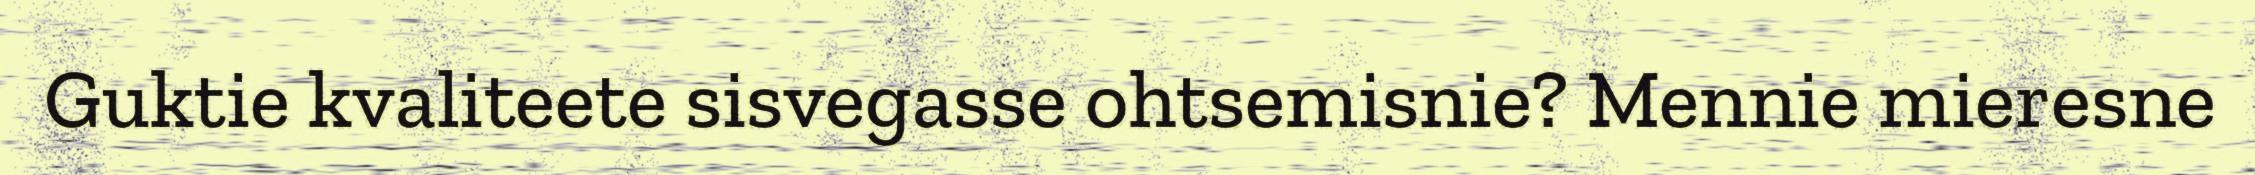
Guktie kvaliteete sisvegasse ohtsemisnie? Mennie mieresne